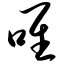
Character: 唯